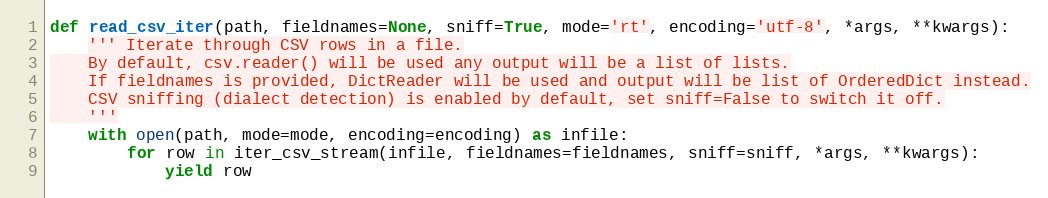
Language: Python
def read_csv_iter(path, fieldnames=None, sniff=True, mode='rt', encoding='utf-8', *args, **kwargs):
    ''' Iterate through CSV rows in a file.
    By default, csv.reader() will be used any output will be a list of lists.
    If fieldnames is provided, DictReader will be used and output will be list of OrderedDict instead.
    CSV sniffing (dialect detection) is enabled by default, set sniff=False to switch it off.
    '''
    with open(path, mode=mode, encoding=encoding) as infile:
        for row in iter_csv_stream(infile, fieldnames=fieldnames, sniff=sniff, *args, **kwargs):
            yield row